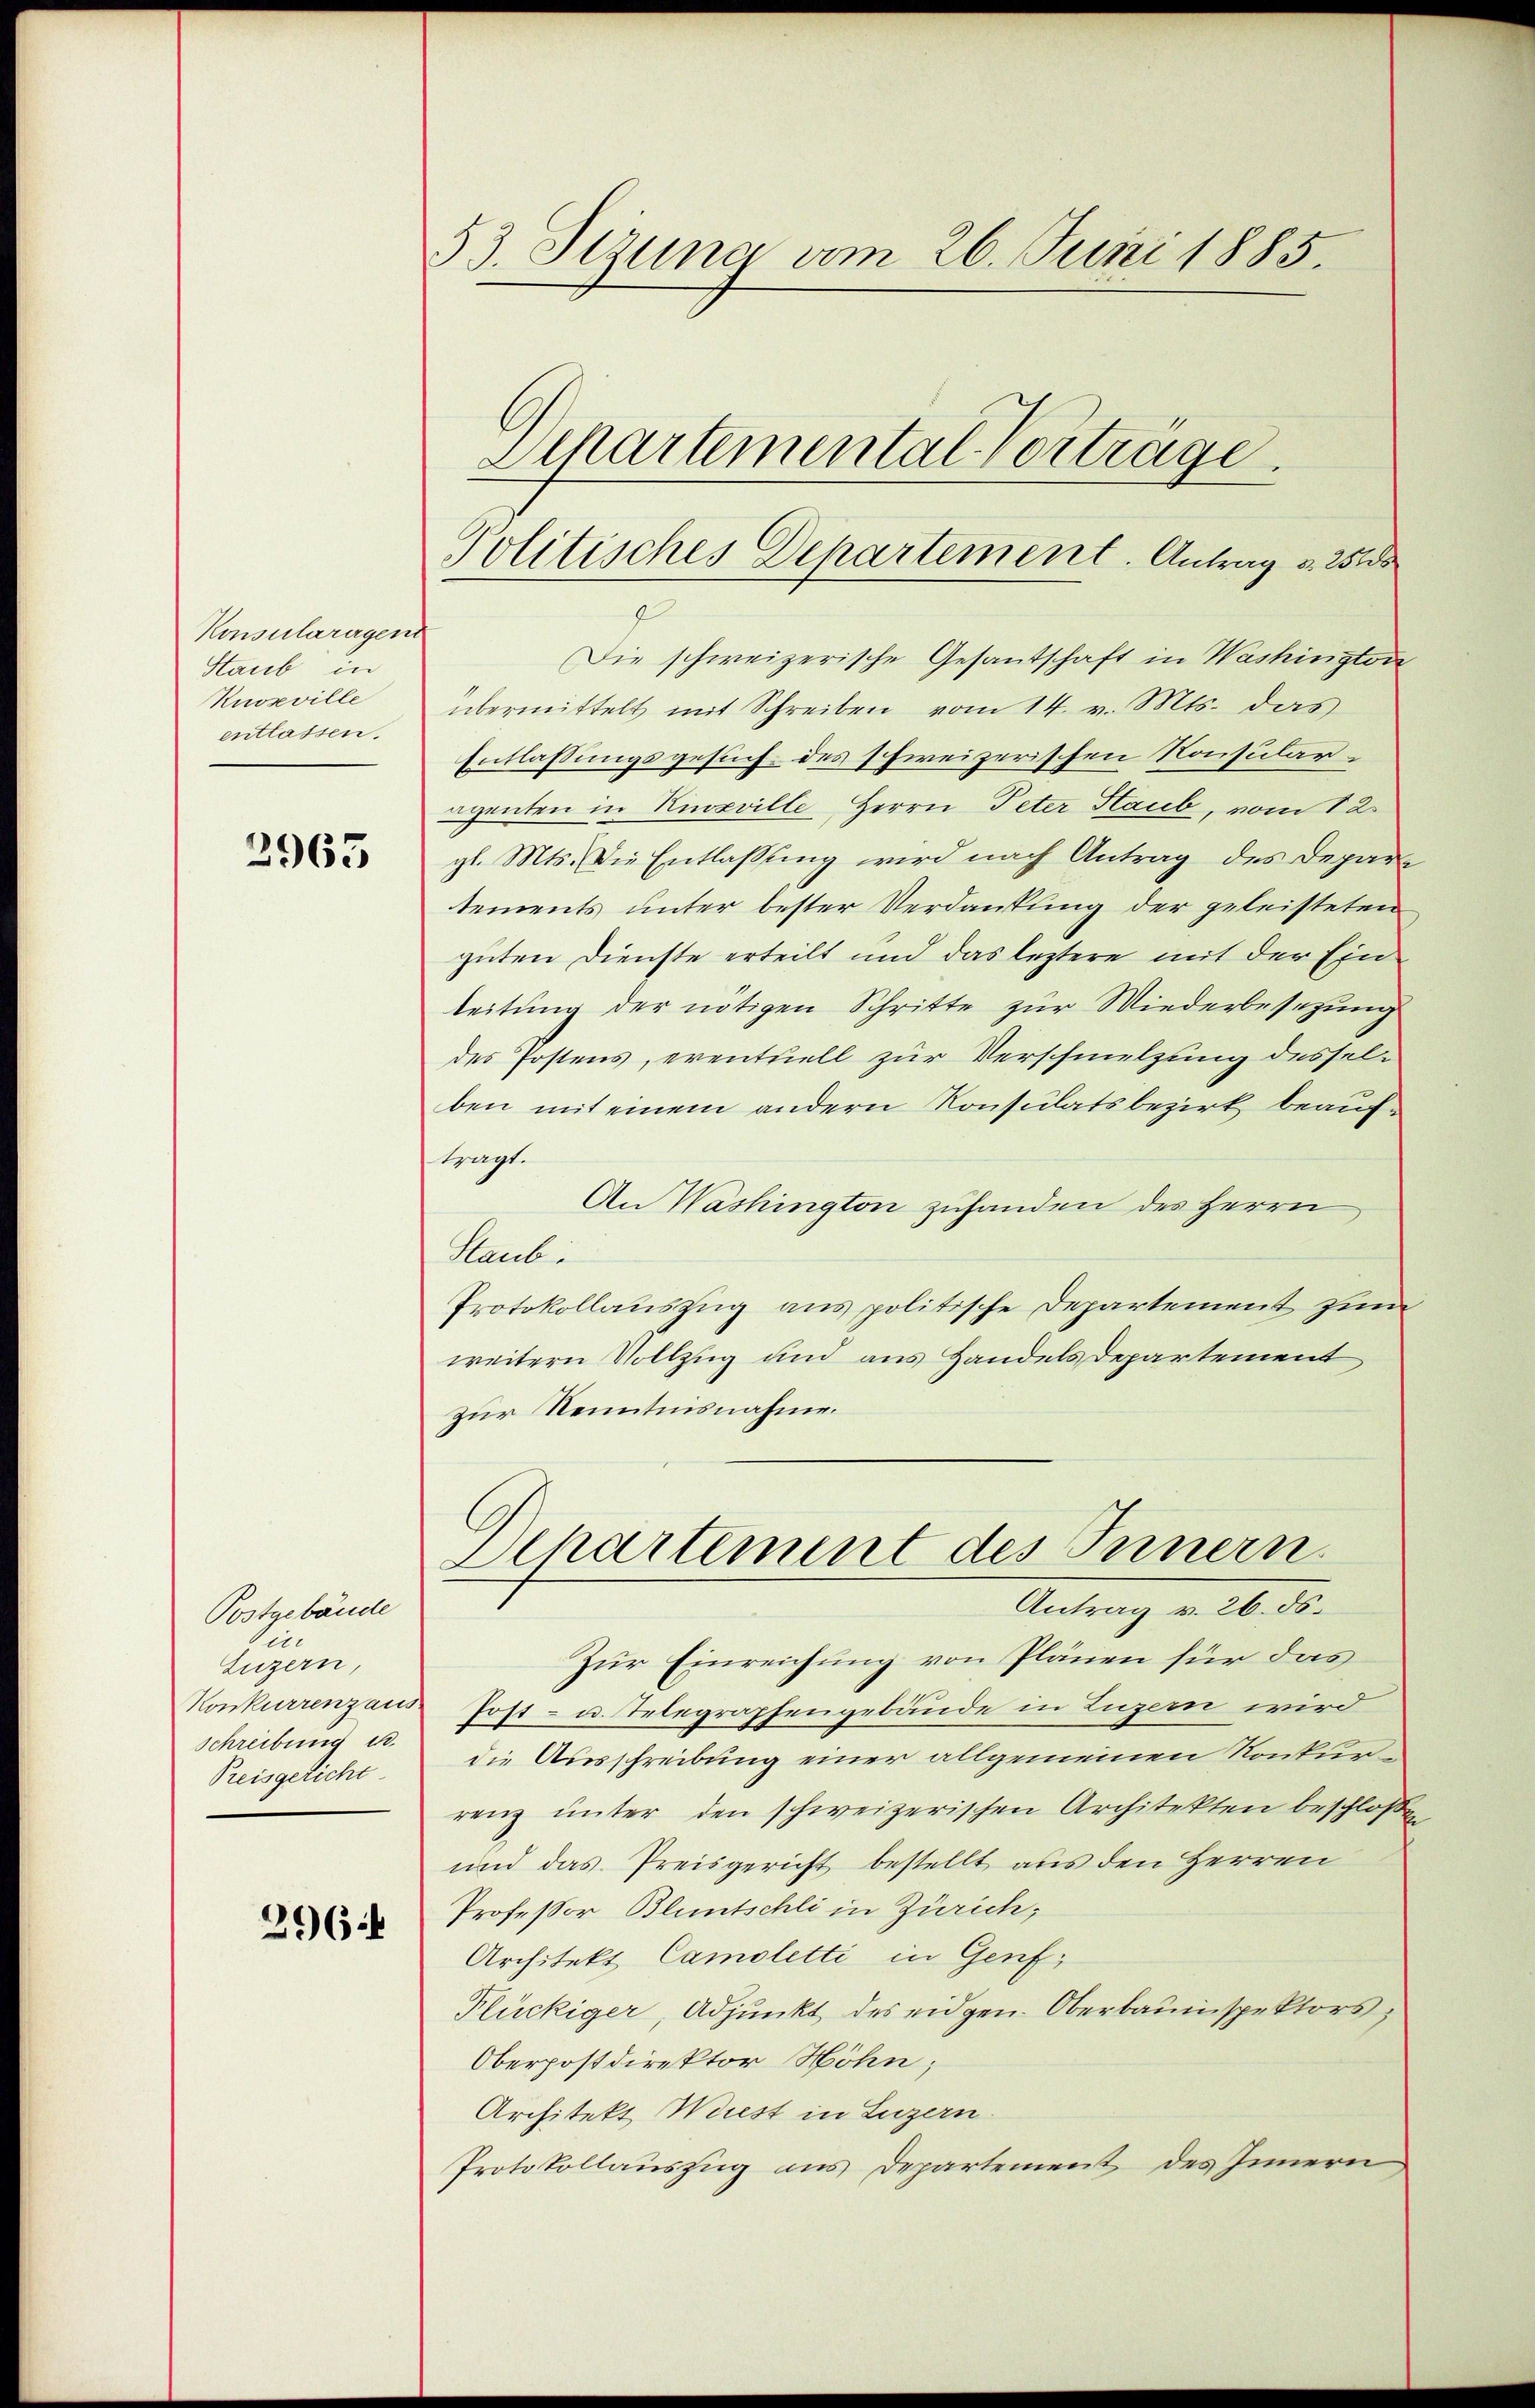
Konsularagent
Staub in
Knoxville
entlassen.

2965

Postgebäude
ie
Luzern,
Konkurrenzaus
Schreibung u.
Preisgericht

296 f

53. Setzung vom 26. Juni 1885.
Separtemental Vorträge
Politisches Departement. Antrag v. 251

Die schweizerische Gesandschaft in Washington
übermittelt mit Schreiben vom 14. v. Mts. das
Entlassungsgesuch des schweizerischen Konsularegenten in Knoxville, Herrn Peter Staub, vom 12.
gl. Mts. die Entlassung wird nach Antrag des Departements unter bester Verdankung der geleisteten
guten Dienste erteilt und das leztere mit der Ein
leitung der nötigen Schritte zur Wiederbesezung
des Postens, eventuell zur Verschmelzung desselben mit einem andern Konsulatsbezirk beauftragt.
An Washington zuhanden des Herrn
Staub
Protokollauszug aus politische Departement zum
weitern Vollzug um aus Handels Departement
zur Kenntnisnahme.
Departement des Innern.
Antrag v. 26. ds.
Zur Einreichung von Plänen für das
Post- u. Telegraphengebäude in Luzern wird
die Ausschreibung einer allgemeinen Konkurrenz unter den schweizerischen Architekten beschloßen
und das Preisgericht bestellt aus den Herren
Professor Bluntschli in Zürich;
Architekt Camoletti in Genf,
Plückiger, Adjunkt des eidgen. Oberbauinspektors,
Oberpostdirektor Höhn;
Architekt Wiest in Luzern
Protokollauszug aus Departement des Innern,

4